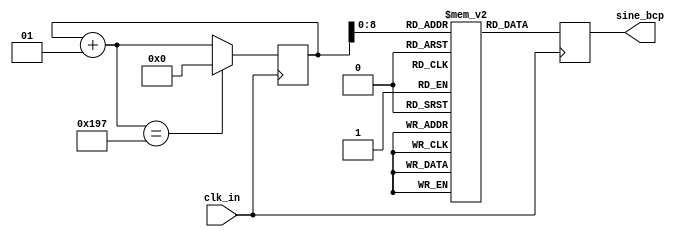
`timescale 1ns / 1ps
//////////////////////////////////////////////////////////////////////////////////
// Company: 
// Engineer: 
// 
// Design Name: 
// Module Name: LUT_tap
// Project Name: 
// Target Devices: 
// Tool Versions: 
// Description: 
// 
// Dependencies: 
// 
// Revision:
// Revision 0.01 - File Created
// Additional Comments:
// 
//////////////////////////////////////////////////////////////////////////////////


module LUT_bcp(
    input clk_in ,
    output reg [11:0] sine_bcp
    );
parameter SIZE = 407;    // USER INPUT
reg [11:0] bcp_value [SIZE-1:0];
integer i;

initial begin 
bcp_value[0]=1004;
bcp_value[1]=1009;
bcp_value[2]=1014;
bcp_value[3]=1020;
bcp_value[4]=1025;
bcp_value[5]=1031;
bcp_value[6]=1036;
bcp_value[7]=1042;
bcp_value[8]=1047;
bcp_value[9]=1052;
bcp_value[10]=1058;
bcp_value[11]=1063;
bcp_value[12]=1068;
bcp_value[13]=1074;
bcp_value[14]=1079;
bcp_value[15]=1084;
bcp_value[16]=1089;
bcp_value[17]=1095;
bcp_value[18]=1100;
bcp_value[19]=1105;
bcp_value[20]=1110;
bcp_value[21]=1115;
bcp_value[22]=1120;
bcp_value[23]=1125;
bcp_value[24]=1129;
bcp_value[25]=1134;
bcp_value[26]=1139;
bcp_value[27]=1144;
bcp_value[28]=1148;
bcp_value[29]=1153;
bcp_value[30]=1157;
bcp_value[31]=1162;
bcp_value[32]=1166;
bcp_value[33]=1170;
bcp_value[34]=1174;
bcp_value[35]=1178;
bcp_value[36]=1182;
bcp_value[37]=1186;
bcp_value[38]=1190;
bcp_value[39]=1194;
bcp_value[40]=1197;
bcp_value[41]=1201;
bcp_value[42]=1204;
bcp_value[43]=1207;
bcp_value[44]=1211;
bcp_value[45]=1214;
bcp_value[46]=1217;
bcp_value[47]=1219;
bcp_value[48]=1222;
bcp_value[49]=1225;
bcp_value[50]=1227;
bcp_value[51]=1230;
bcp_value[52]=1232;
bcp_value[53]=1234;
bcp_value[54]=1236;
bcp_value[55]=1238;
bcp_value[56]=1239;
bcp_value[57]=1241;
bcp_value[58]=1242;
bcp_value[59]=1244;
bcp_value[60]=1245;
bcp_value[61]=1246;
bcp_value[62]=1247;
bcp_value[63]=1248;
bcp_value[64]=1248;
bcp_value[65]=1249;
bcp_value[66]=1249;
bcp_value[67]=1249;
bcp_value[68]=1249;
bcp_value[69]=1249;
bcp_value[70]=1249;
bcp_value[71]=1249;
bcp_value[72]=1248;
bcp_value[73]=1247;
bcp_value[74]=1247;
bcp_value[75]=1246;
bcp_value[76]=1245;
bcp_value[77]=1243;
bcp_value[78]=1242;
bcp_value[79]=1241;
bcp_value[80]=1239;
bcp_value[81]=1237;
bcp_value[82]=1235;
bcp_value[83]=1233;
bcp_value[84]=1231;
bcp_value[85]=1229;
bcp_value[86]=1226;
bcp_value[87]=1224;
bcp_value[88]=1221;
bcp_value[89]=1219;
bcp_value[90]=1216;
bcp_value[91]=1213;
bcp_value[92]=1210;
bcp_value[93]=1206;
bcp_value[94]=1203;
bcp_value[95]=1200;
bcp_value[96]=1196;
bcp_value[97]=1192;
bcp_value[98]=1189;
bcp_value[99]=1185;
bcp_value[100]=1181;
bcp_value[101]=1177;
bcp_value[102]=1173;
bcp_value[103]=1169;
bcp_value[104]=1164;
bcp_value[105]=1160;
bcp_value[106]=1156;
bcp_value[107]=1151;
bcp_value[108]=1147;
bcp_value[109]=1142;
bcp_value[110]=1137;
bcp_value[111]=1133;
bcp_value[112]=1128;
bcp_value[113]=1123;
bcp_value[114]=1118;
bcp_value[115]=1113;
bcp_value[116]=1108;
bcp_value[117]=1103;
bcp_value[118]=1098;
bcp_value[119]=1093;
bcp_value[120]=1088;
bcp_value[121]=1082;
bcp_value[122]=1077;
bcp_value[123]=1072;
bcp_value[124]=1067;
bcp_value[125]=1061;
bcp_value[126]=1056;
bcp_value[127]=1051;
bcp_value[128]=1045;
bcp_value[129]=1040;
bcp_value[130]=1034;
bcp_value[131]=1029;
bcp_value[132]=1024;
bcp_value[133]=1018;
bcp_value[134]=1013;
bcp_value[135]=1007;
bcp_value[136]=1002;
bcp_value[137]=996;
bcp_value[138]=991;
bcp_value[139]=985;
bcp_value[140]=980;
bcp_value[141]=974;
bcp_value[142]=969;
bcp_value[143]=963;
bcp_value[144]=958;
bcp_value[145]=952;
bcp_value[146]=947;
bcp_value[147]=941;
bcp_value[148]=936;
bcp_value[149]=930;
bcp_value[150]=925;
bcp_value[151]=920;
bcp_value[152]=914;
bcp_value[153]=909;
bcp_value[154]=903;
bcp_value[155]=898;
bcp_value[156]=892;
bcp_value[157]=887;
bcp_value[158]=882;
bcp_value[159]=876;
bcp_value[160]=871;
bcp_value[161]=865;
bcp_value[162]=860;
bcp_value[163]=855;
bcp_value[164]=849;
bcp_value[165]=844;
bcp_value[166]=838;
bcp_value[167]=833;
bcp_value[168]=828;
bcp_value[169]=822;
bcp_value[170]=817;
bcp_value[171]=812;
bcp_value[172]=806;
bcp_value[173]=801;
bcp_value[174]=795;
bcp_value[175]=790;
bcp_value[176]=785;
bcp_value[177]=779;
bcp_value[178]=774;
bcp_value[179]=769;
bcp_value[180]=763;
bcp_value[181]=758;
bcp_value[182]=752;
bcp_value[183]=747;
bcp_value[184]=741;
bcp_value[185]=736;
bcp_value[186]=731;
bcp_value[187]=725;
bcp_value[188]=720;
bcp_value[189]=714;
bcp_value[190]=709;
bcp_value[191]=703;
bcp_value[192]=698;
bcp_value[193]=692;
bcp_value[194]=687;
bcp_value[195]=681;
bcp_value[196]=676;
bcp_value[197]=671;
bcp_value[198]=665;
bcp_value[199]=660;
bcp_value[200]=654;
bcp_value[201]=649;
bcp_value[202]=643;
bcp_value[203]=638;
bcp_value[204]=632;
bcp_value[205]=627;
bcp_value[206]=621;
bcp_value[207]=616;
bcp_value[208]=610;
bcp_value[209]=605;
bcp_value[210]=599;
bcp_value[211]=594;
bcp_value[212]=589;
bcp_value[213]=583;
bcp_value[214]=578;
bcp_value[215]=573;
bcp_value[216]=567;
bcp_value[217]=562;
bcp_value[218]=557;
bcp_value[219]=552;
bcp_value[220]=546;
bcp_value[221]=541;
bcp_value[222]=536;
bcp_value[223]=531;
bcp_value[224]=526;
bcp_value[225]=521;
bcp_value[226]=516;
bcp_value[227]=511;
bcp_value[228]=507;
bcp_value[229]=502;
bcp_value[230]=497;
bcp_value[231]=492;
bcp_value[232]=488;
bcp_value[233]=483;
bcp_value[234]=479;
bcp_value[235]=475;
bcp_value[236]=470;
bcp_value[237]=466;
bcp_value[238]=462;
bcp_value[239]=458;
bcp_value[240]=454;
bcp_value[241]=450;
bcp_value[242]=447;
bcp_value[243]=443;
bcp_value[244]=439;
bcp_value[245]=436;
bcp_value[246]=433;
bcp_value[247]=429;
bcp_value[248]=426;
bcp_value[249]=423;
bcp_value[250]=420;
bcp_value[251]=418;
bcp_value[252]=415;
bcp_value[253]=412;
bcp_value[254]=410;
bcp_value[255]=408;
bcp_value[256]=405;
bcp_value[257]=403;
bcp_value[258]=402;
bcp_value[259]=400;
bcp_value[260]=398;
bcp_value[261]=397;
bcp_value[262]=395;
bcp_value[263]=394;
bcp_value[264]=393;
bcp_value[265]=392;
bcp_value[266]=391;
bcp_value[267]=390;
bcp_value[268]=390;
bcp_value[269]=390;
bcp_value[270]=389;
bcp_value[271]=389;
bcp_value[272]=389;
bcp_value[273]=389;
bcp_value[274]=390;
bcp_value[275]=390;
bcp_value[276]=391;
bcp_value[277]=391;
bcp_value[278]=392;
bcp_value[279]=393;
bcp_value[280]=394;
bcp_value[281]=396;
bcp_value[282]=397;
bcp_value[283]=399;
bcp_value[284]=400;
bcp_value[285]=402;
bcp_value[286]=404;
bcp_value[287]=406;
bcp_value[288]=408;
bcp_value[289]=411;
bcp_value[290]=413;
bcp_value[291]=416;
bcp_value[292]=418;
bcp_value[293]=421;
bcp_value[294]=424;
bcp_value[295]=427;
bcp_value[296]=430;
bcp_value[297]=434;
bcp_value[298]=437;
bcp_value[299]=441;
bcp_value[300]=444;
bcp_value[301]=448;
bcp_value[302]=452;
bcp_value[303]=455;
bcp_value[304]=459;
bcp_value[305]=463;
bcp_value[306]=468;
bcp_value[307]=472;
bcp_value[308]=476;
bcp_value[309]=480;
bcp_value[310]=485;
bcp_value[311]=489;
bcp_value[312]=494;
bcp_value[313]=499;
bcp_value[314]=503;
bcp_value[315]=508;
bcp_value[316]=513;
bcp_value[317]=518;
bcp_value[318]=523;
bcp_value[319]=528;
bcp_value[320]=533;
bcp_value[321]=538;
bcp_value[322]=543;
bcp_value[323]=548;
bcp_value[324]=553;
bcp_value[325]=559;
bcp_value[326]=564;
bcp_value[327]=569;
bcp_value[328]=574;
bcp_value[329]=580;
bcp_value[330]=585;
bcp_value[331]=590;
bcp_value[332]=596;
bcp_value[333]=601;
bcp_value[334]=607;
bcp_value[335]=612;
bcp_value[336]=618;
bcp_value[337]=623;
bcp_value[338]=628;
bcp_value[339]=634;
bcp_value[340]=639;
bcp_value[341]=645;
bcp_value[342]=650;
bcp_value[343]=656;
bcp_value[344]=661;
bcp_value[345]=667;
bcp_value[346]=672;
bcp_value[347]=678;
bcp_value[348]=683;
bcp_value[349]=689;
bcp_value[350]=694;
bcp_value[351]=700;
bcp_value[352]=705;
bcp_value[353]=711;
bcp_value[354]=716;
bcp_value[355]=722;
bcp_value[356]=727;
bcp_value[357]=732;
bcp_value[358]=738;
bcp_value[359]=743;
bcp_value[360]=749;
bcp_value[361]=754;
bcp_value[362]=760;
bcp_value[363]=765;
bcp_value[364]=770;
bcp_value[365]=776;
bcp_value[366]=781;
bcp_value[367]=786;
bcp_value[368]=792;
bcp_value[369]=797;
bcp_value[370]=803;
bcp_value[371]=808;
bcp_value[372]=813;
bcp_value[373]=819;
bcp_value[374]=824;
bcp_value[375]=830;
bcp_value[376]=835;
bcp_value[377]=840;
bcp_value[378]=846;
bcp_value[379]=851;
bcp_value[380]=856;
bcp_value[381]=862;
bcp_value[382]=867;
bcp_value[383]=873;
bcp_value[384]=878;
bcp_value[385]=883;
bcp_value[386]=889;
bcp_value[387]=894;
bcp_value[388]=900;
bcp_value[389]=905;
bcp_value[390]=911;
bcp_value[391]=916;
bcp_value[392]=921;
bcp_value[393]=927;
bcp_value[394]=932;
bcp_value[395]=938;
bcp_value[396]=943;
bcp_value[397]=949;
bcp_value[398]=954;
bcp_value[399]=960;
bcp_value[400]=965;
bcp_value[401]=971;
bcp_value[402]=976;
bcp_value[403]=982;
bcp_value[404]=987;
bcp_value[405]=993;
bcp_value[406]=998;
end 
 

//At every positive edge of the clock, output a sine wave sample.
always@(posedge clk_in)
begin
    sine_bcp = bcp_value[i];
    i = i+ 1;
    if(i == SIZE)
        i = 0;
end
endmodule